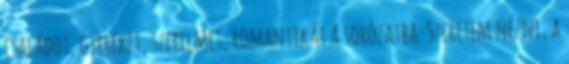
családot, gyereket, szerelmet, romantikát a sorozatba. Szeretem nézni, a